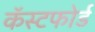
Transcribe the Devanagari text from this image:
कॅस्टफोर्ड